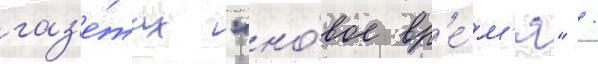
газ'е́тах "но́вое вр'е́м'я" /